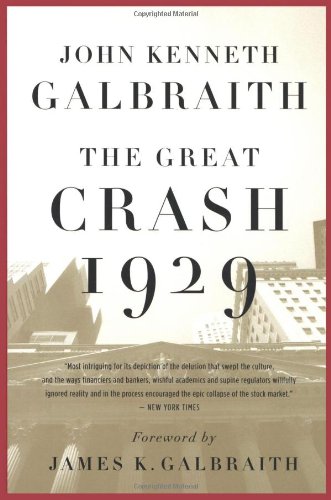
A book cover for The Great Crash 1929; John  Kenneth Galbraith; Business & Money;